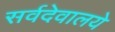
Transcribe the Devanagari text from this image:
सर्वदेवालये